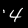
Digit: 4